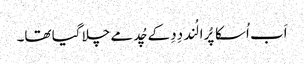
اَب اُسکا پُرا لُند دِدِ کے چُد مے چلا گیا تھا۔